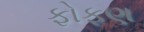
ફોફણ